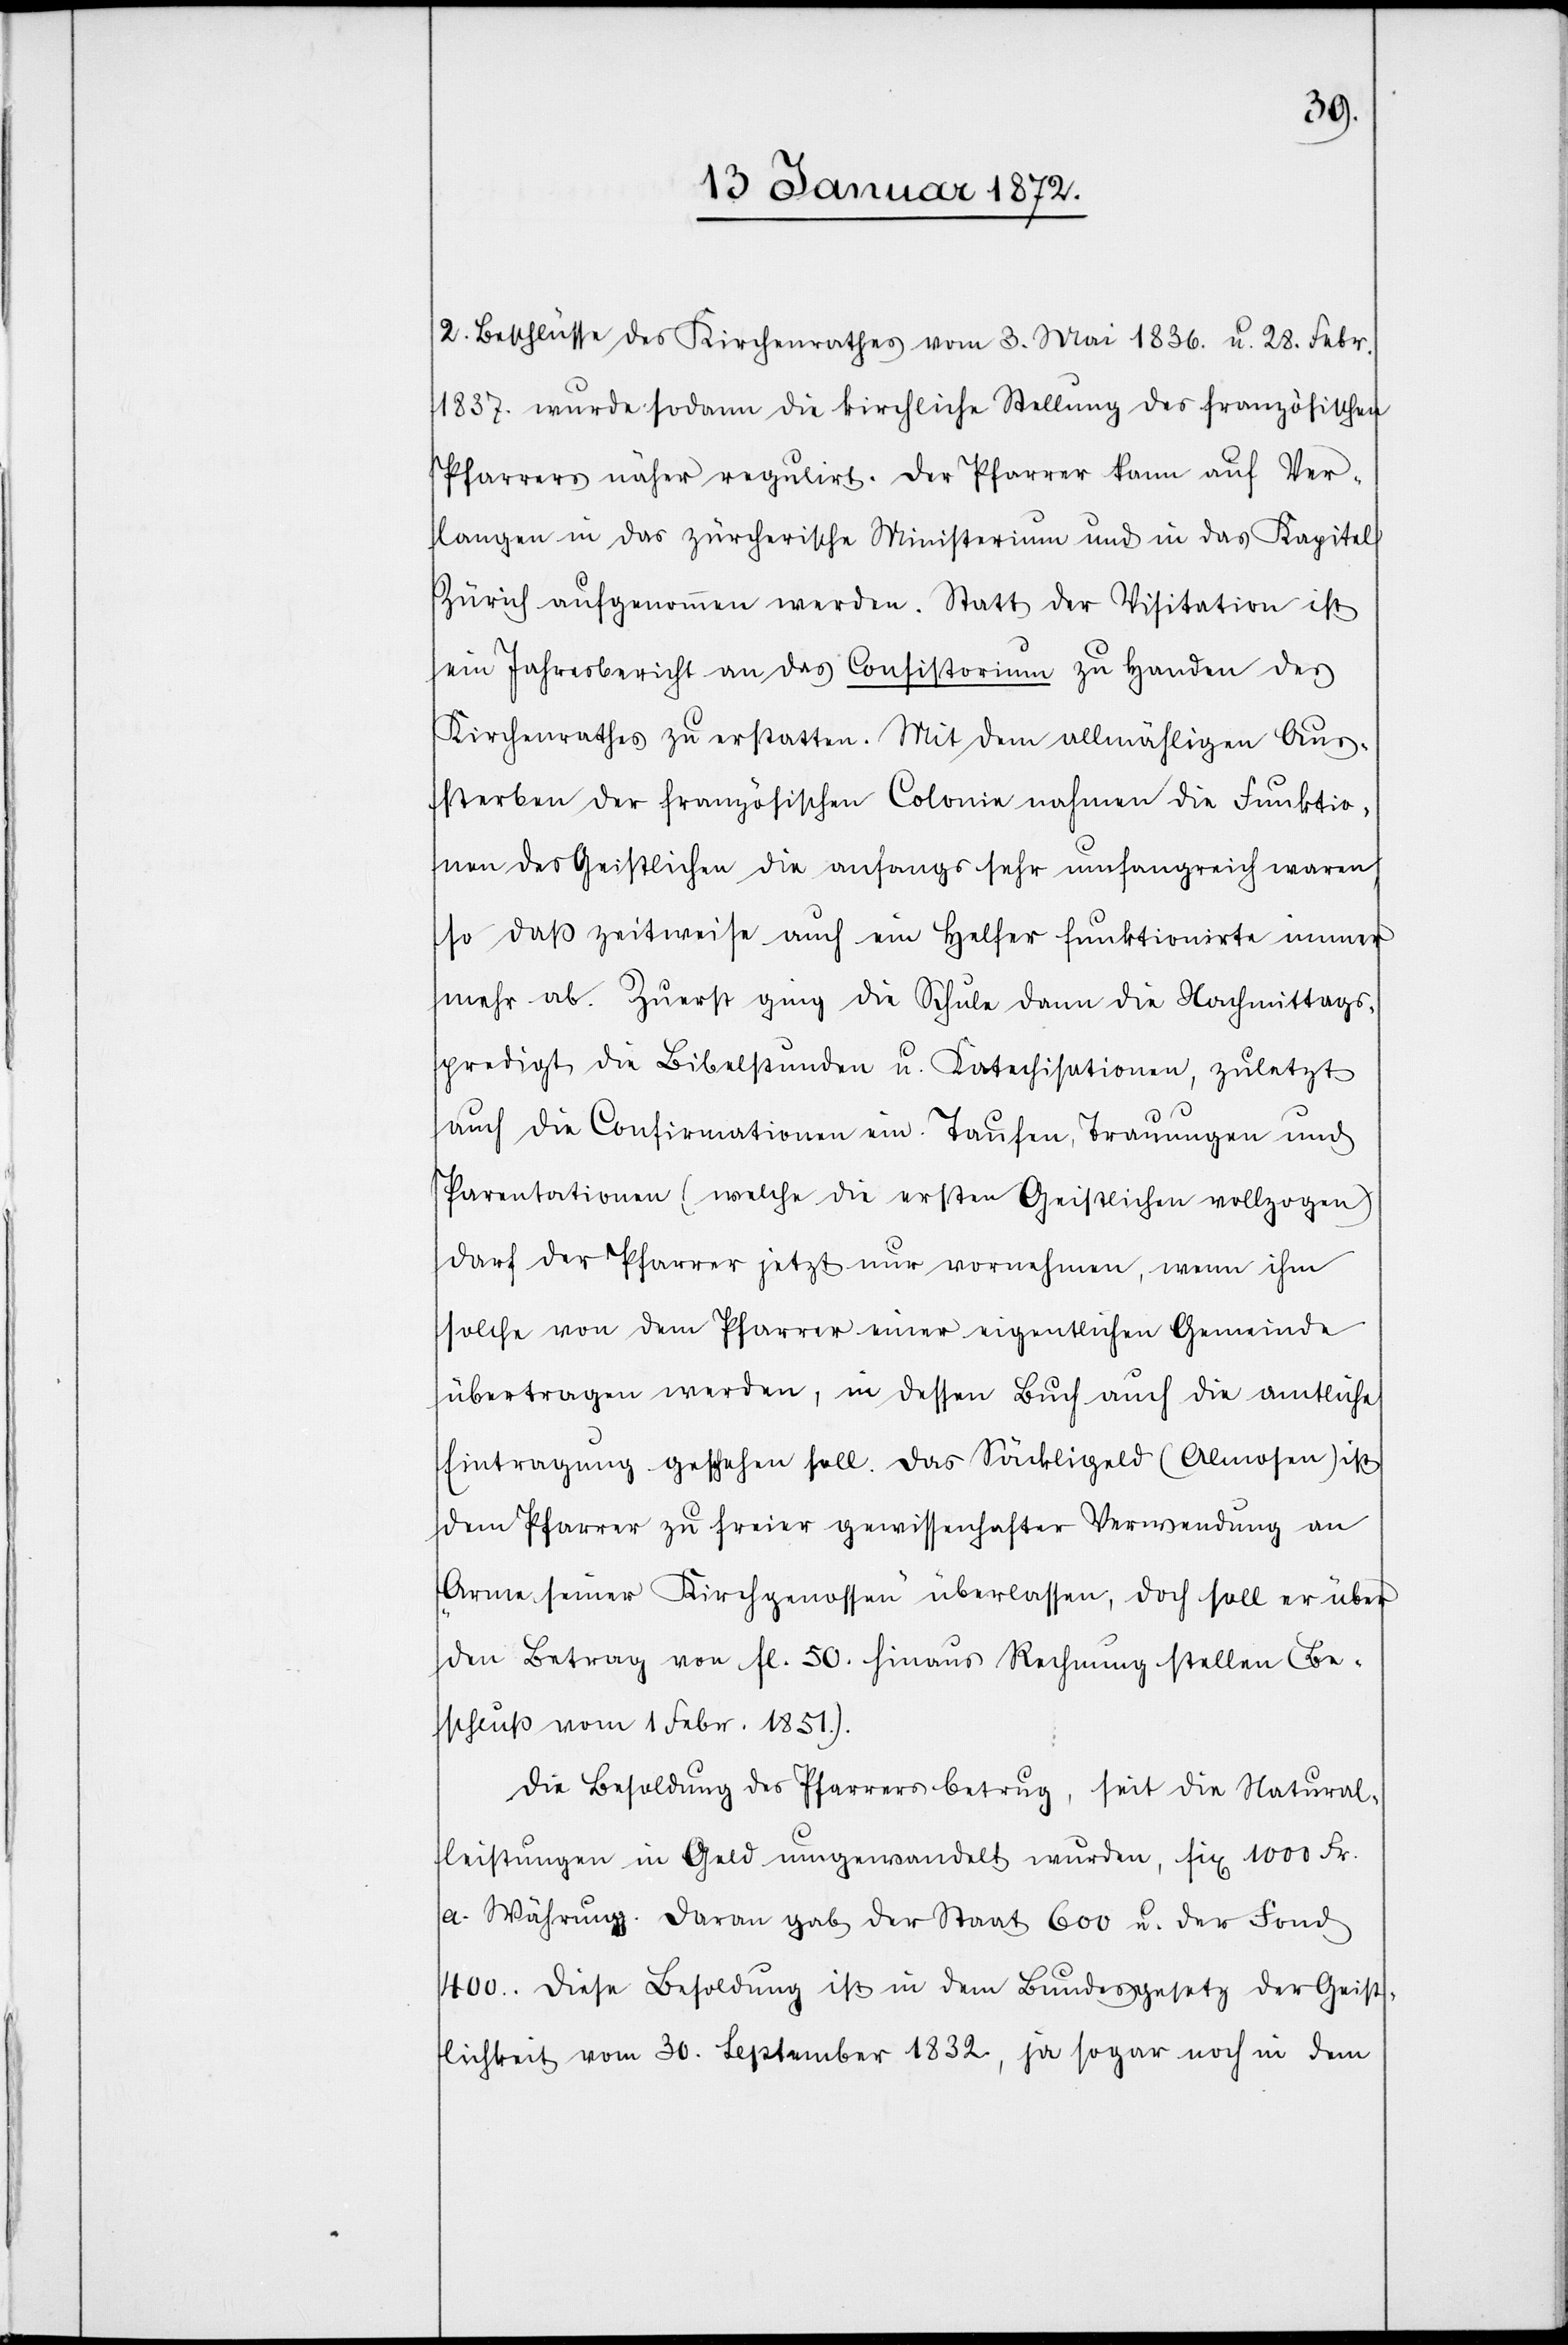
2. Beschlüsse des Kirchenrathes vom 3. Mai 1836. u. 28. Febr.
1837. wurde sodann die kirchliche Stellung des französischen
Pfarrers näher regulirt. Der Pfarrer kann auf Ver¬
langen in das zürcherische Ministerium und in das Kapitel
Zürich aufgenommen werden. Statt der Visitation ist
ein Jahresbericht an das Consistorium zu Handen des
Kirchenrathes zu erstatten. Mit dem allmähligen Aus¬
sterben der französischen Colonie nahmen die Funktio¬
nen des Geistlichen die anfangs sehr umfangreich waren,
so daß zeitweise auch ein Helfer funktionierte immer
mehr ab. Zuerst ging die Schule dann die Nachmittags¬
predigt die Bibelstunden u. Katechisationen, zuletzt
auch die Confirmationen ein. Taufen, Trauungen und
Parentationen (welche die ersten Geistlichen vollzogen)
darf der Pfarrer jetzt nur vornehmen, wenn ihm
solche von dem Pfarrer einer eigentlichen Gemeinde
übertragen werden, in dessen Buch auch die amtliche
Eintragung geschehen soll. Das Säckligeld (Almosen) ist
dem Pfarrer zu freier gewissenhafter Verwendung an
Arme seiner Kirchengenossen überlassen, doch soll er über
den Betrag von fl. 50. hinaus Rechnung stellen (Be¬
schluß vom 1. Febr. 1851.).
Die Besoldung des Pfarrers betrug, seit die Natural¬
leistungen in Geld umgewandelt wurden, fix 1000 Fr.
a. Währung. Daran gab der Staat 600 u. der Fond
400.. Diese Besoldung ist in dem Bundesgesetz der Geist¬
lichkeit vom 30. September 1832, ja sogar noch in dem